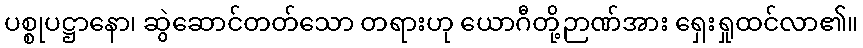
ပစ္စုပဋ္ဌာနော၊ ဆွဲဆောင်တတ်သော တရားဟု ယောဂီတို့ဉာဏ်အား ရှေးရှုထင်လာ၏။